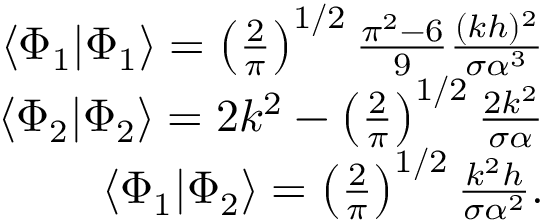
\begin{array} { r l r } & { } & { \langle \Phi _ { 1 } | \Phi _ { 1 } \rangle = \left( \frac { 2 } { \pi } \right) ^ { 1 / 2 } \frac { \pi ^ { 2 } - 6 } { 9 } \frac { ( k h ) ^ { 2 } } { \sigma \alpha ^ { 3 } } } \\ & { } & { \langle \Phi _ { 2 } | \Phi _ { 2 } \rangle = 2 k ^ { 2 } - \left( \frac { 2 } { \pi } \right) ^ { 1 / 2 } \frac { 2 k ^ { 2 } } { \sigma \alpha } } \\ & { } & { \langle \Phi _ { 1 } | \Phi _ { 2 } \rangle = \left( \frac { 2 } { \pi } \right) ^ { 1 / 2 } \frac { k ^ { 2 } h } { \sigma \alpha ^ { 2 } } . } \end{array}